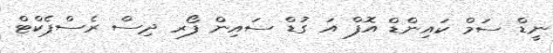
ނީޑް ސަމް ކައިންޑް އޮފް އަ ގުޑް ސައިން ފޯރ ދިސް ރެސްޕެކްޓް